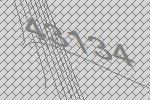
43134